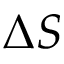
\Delta S